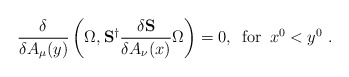
\begin{align*}\frac{\delta}{\delta A_{\mu}(y)}\left(\Omega,{\bf S}^{\dagger}\frac{\delta {\bf S}}{\delta A_{\nu}(x)}\Omega\right)=0,\,\,\,{\rm for}\,\,\, x^0<y^0\,\,.\end{align*}